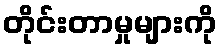
တိုင်းတာမှုများကို